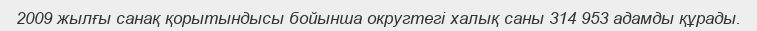
2009 жылғы санақ қорытындысы бойынша округтегі халық саны 314 953 адамды құрады.